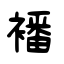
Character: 襎